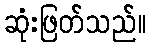
ဆုံးဖြတ်သည်။